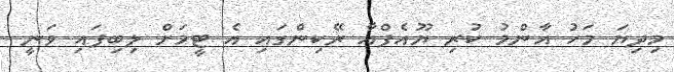
މިދިޔަ މަހު އާންމު ކުރި ޔޫއެފްއާ ރޭކިންގައި އެ ޓީމަށް ލިބިފައި ވަނީ